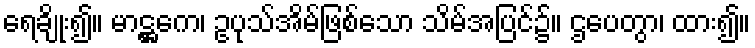
ရေချိုး၍။ မာဋ္ဌကေ၊ ဥပုသ်အိမ်ဖြစ်သော သိမ်အပြင်၌။ ဌပေတွာ၊ ထား၍။